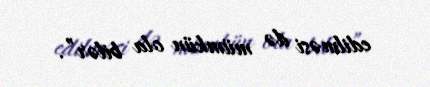
edilməsi də mümkün ola bilər”.